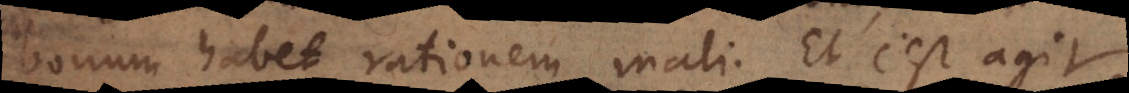
bonum habet rationem mali. Et c’est agir